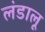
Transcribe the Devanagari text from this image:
लंडालू